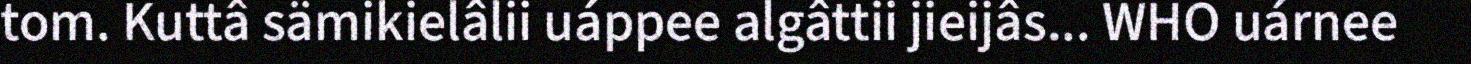
tom. Kuttâ sämikielâlii uáppee algâttii jieijâs... WHO uárnee